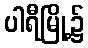
ပါရီမြို့၌